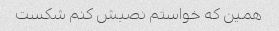
همین که خواستم نصبش کنم شکست